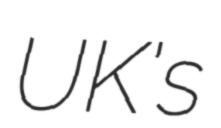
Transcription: UK's